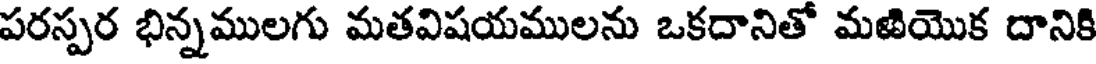
పరస్పర భిన్నములగు మతవిషయములను ఒకదానితో మఱియొక దానికి